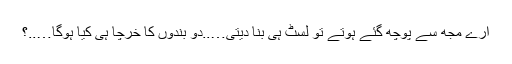
ارے مجھ سے پوچھ گئے ہوتے تو لسٹ ہی بنا دیتی…..دو بندوں کا خرچا ہی کیا ہوگا…..؟